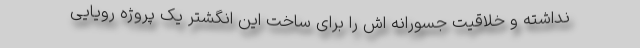
نداشته و خلاقیت جسورانه اش را برای ساخت این انگشتر یک پروژه رویایی